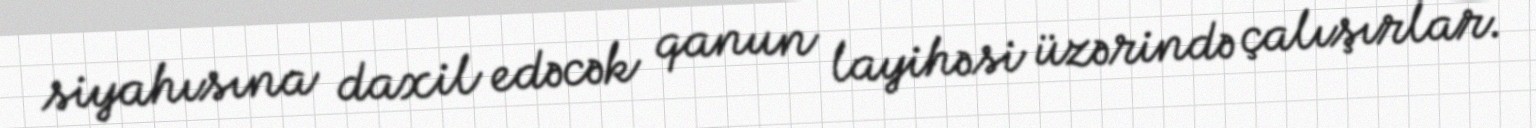
siyahısına daxil edəcək qanun layihəsi üzərində çalışırlar.